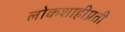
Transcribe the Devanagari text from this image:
लोकशाहीप्रती